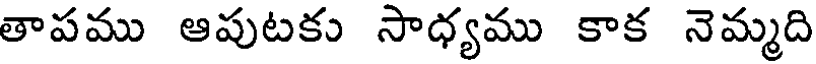
తాపము ఆపుటకు సాధ్యము కాక నెమ్మది